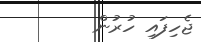
ޖެހިފައި ހުރުން